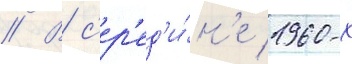
// В с'ер'ед'и́н'е 1960-х